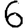
Digit: 6